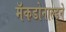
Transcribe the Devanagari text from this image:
मॅकडोनाल्डने